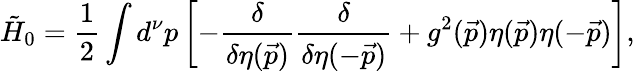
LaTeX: {\tilde{H}}_{0}={\frac{1}{2}}\int d^{\nu}p\left[-{\frac{\delta}{\delta\eta(\vec{p})}}{\frac{\delta}{\delta\eta(-\vec{p})}}+g^{2}(\vec{p})\eta(\vec{p})\eta(-\vec{p})\right],